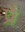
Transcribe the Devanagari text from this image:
प्रै